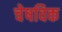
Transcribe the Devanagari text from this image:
चेषविक